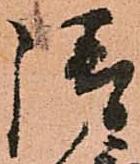
請